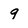
Character: g